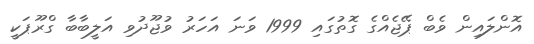
އޮންލައިން ވެބް ޕޭޖެއްގެ ގޮތުގައި 1999 ވަނަ އަހަރު ވުޖޫދުވި އަލީބާބާ ގްރޫޕަކީ